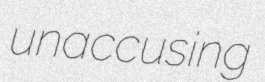
unaccusing